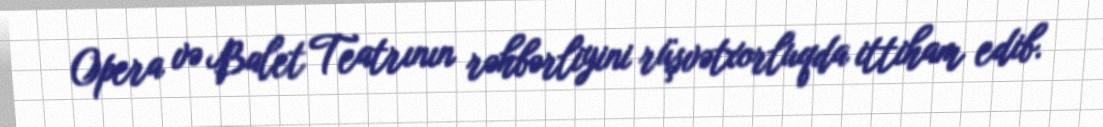
Opera və Balet Teatrının rəhbərliyini rüşvətxorluqda ittiham edib.